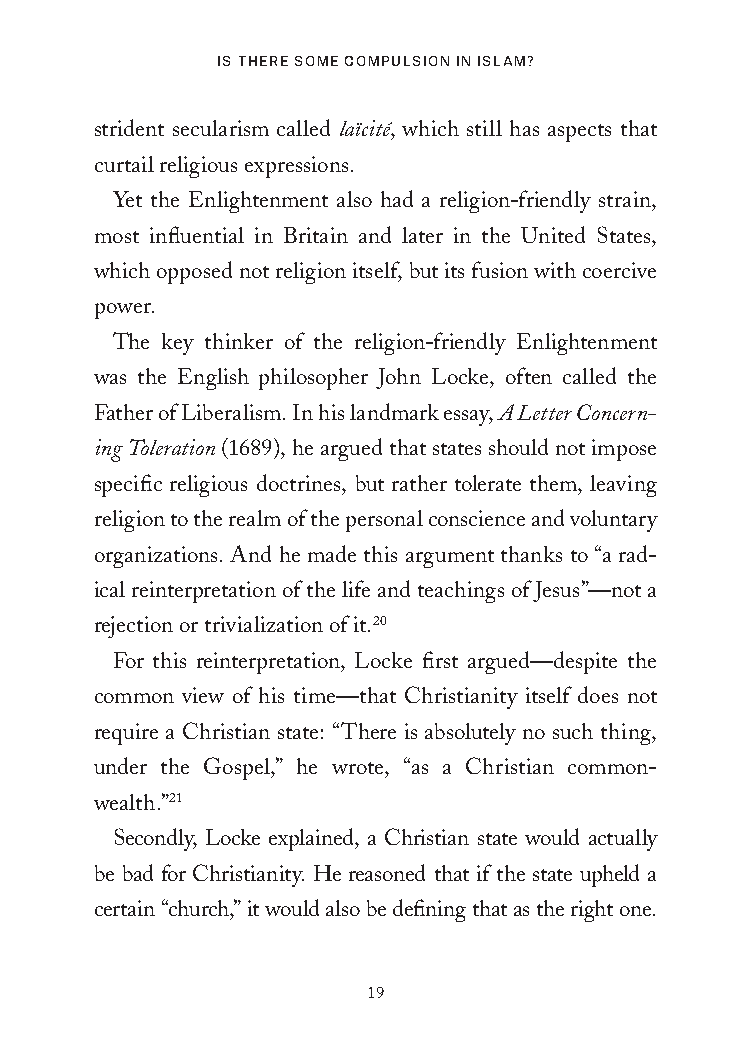
Is There some CompulsIon In Islam?
 strident secularism called laïcité, which still has aspects that
 curtail religious expressions.
 Yet the Enlightenment also had a religion-friendly strain,
 most influential in Britain and later in the United States,
 which opposed not religion itself, but its fusion with coercive
 power.
 The key thinker of the religion-friendly Enlightenment
 was the English philosopher John Locke, often called the
 Father of Liberalism. In his landmark essay, A Letter Concern-
 ing Toleration (1689), he argued that states should not impose
 specific religious doctrines, but rather tolerate them, leaving
 religion to the realm of the personal conscience and voluntary
 organizations. And he made this argument thanks to “a rad-
 ical reinterpretation of the life and teachings of Jesus”—not a
 rejection or trivialization of it.20
 For this reinterpretation, Locke first argued—despite the
 common view of his time—that Christianity itself does not
 require a Christian state: “There is absolutely no such thing,
 under the Gospel,” he wrote, “as a Christian common-
 wealth.”21
 Secondly, Locke explained, a Christian state would actually
 be bad for Christianity. He reasoned that if the state upheld a
 certain “church,” it would also be defining that as the right one.
 19
 25320_Ch01.indd 19                      24/06/2021 8:32 AM